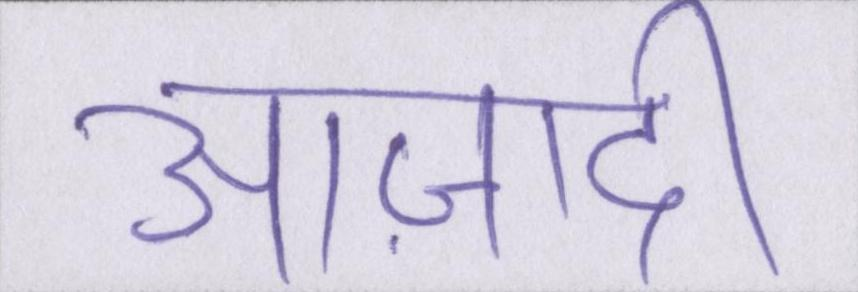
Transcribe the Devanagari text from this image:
आज़ादी